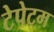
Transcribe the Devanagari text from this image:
टेपेटम